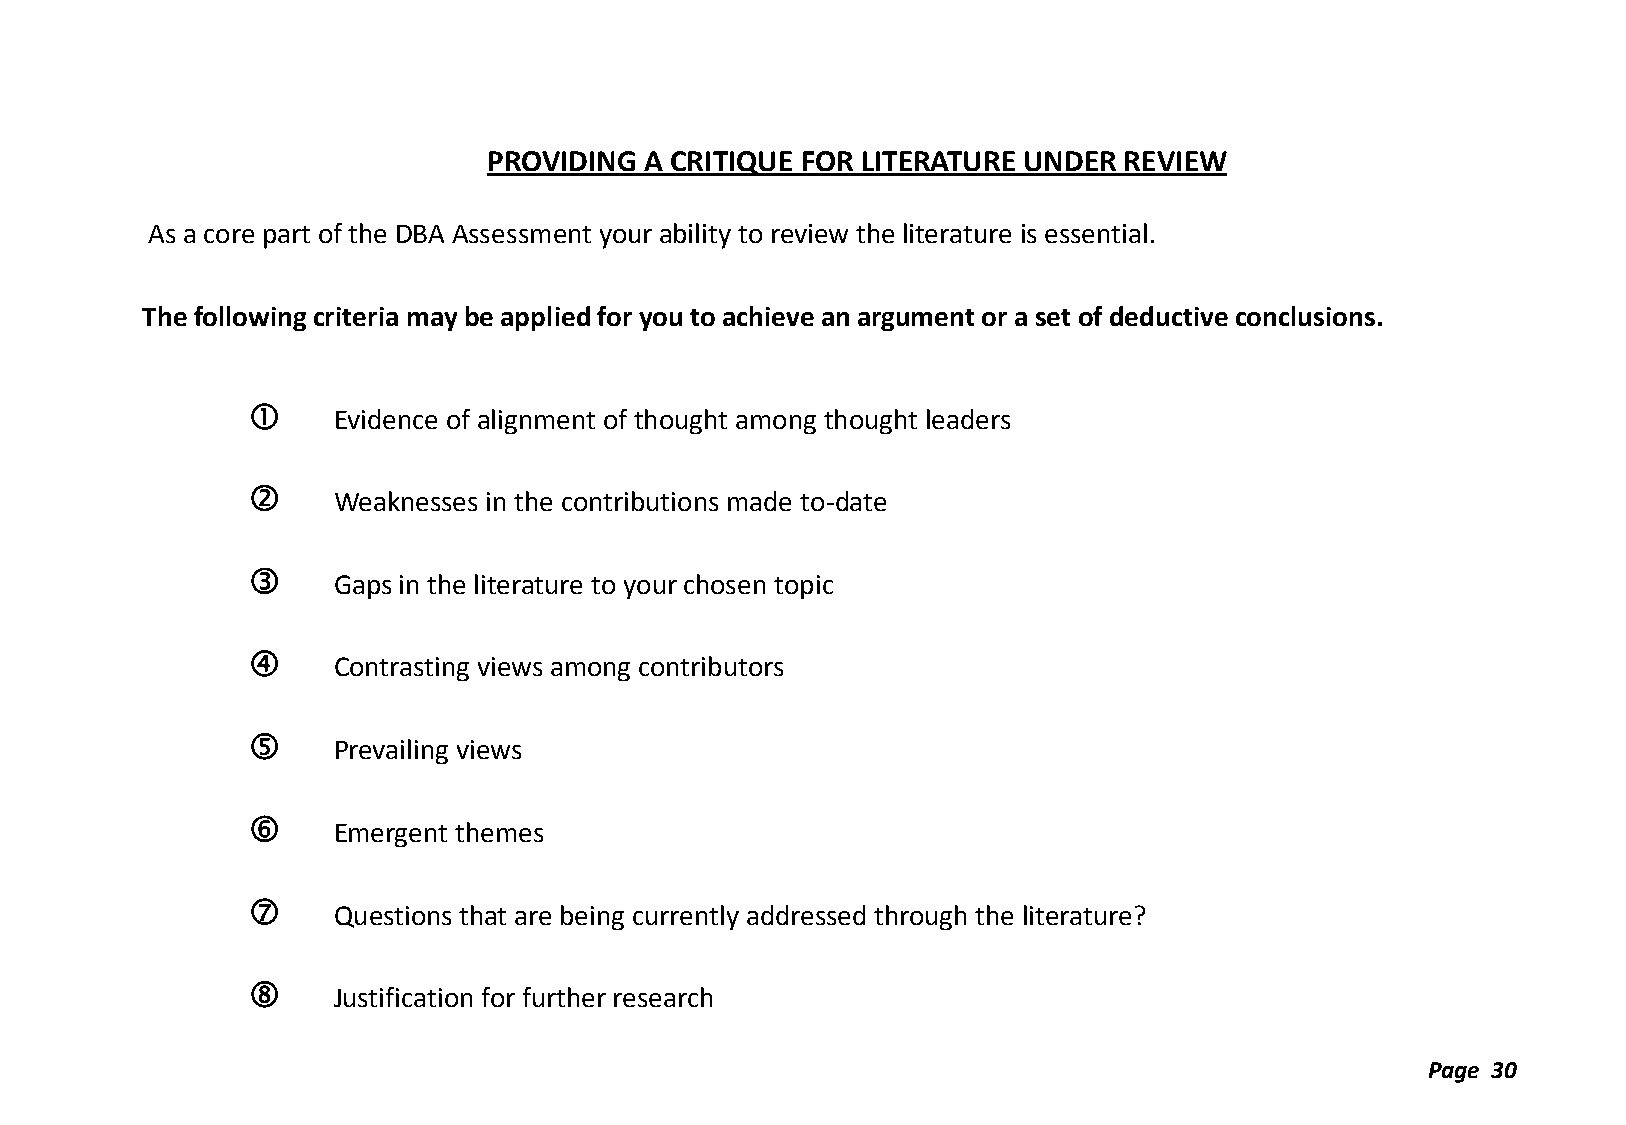
PROVIDING  A CRITIQUE FOR LITERATURE UNDER REVIEW
 As a core part of the DBA Assessment your ability to review the literature is essential.
 The following criteria may be applied for you to achieve an argument or a set of deductive conclusions.
 
 Evidence of alignment of thought among thought leaders
 
 Weaknesses in the contributions made to-date
 
 Gaps in the literature to your chosen topic
 
 Contrasting views among contributors
 
 Prevailing views
 
 Emergent themes
 
 Questions that are being currently addressed through the literature?
 
 Justification for further research
 Page 30